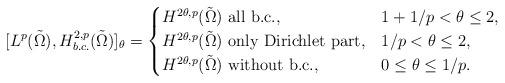
LaTeX: \begin{align*}[L^p(\tilde{\Omega}), H_{b.c.}^{2,p}(\tilde{\Omega})]_{\theta}= \begin{cases}H^{2\theta,p}(\tilde{\Omega}) \hbox{ all b.c.} , & 1+1/p <\theta \leq 2, \\H^{2\theta,p}(\tilde{\Omega}) \hbox{ only Dirichlet part}, & 1/p <\theta \leq 2, \\H^{2\theta,p}(\tilde{\Omega}) \hbox{ without b.c.}, & 0 \leq \theta \leq 1/p.\end{cases}\end{align*}